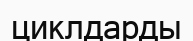
циклдарды